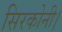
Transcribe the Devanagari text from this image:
सिरकोनी।